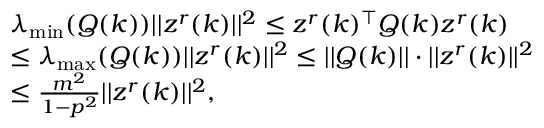
\begin{array} { r l } & { \lambda _ { \operatorname* { m i n } } ( Q ( k ) ) \lvert | z ^ { r } ( k ) \rvert | ^ { 2 } \leq z ^ { r } ( k ) ^ { \top } Q ( k ) z ^ { r } ( k ) } \\ & { \leq \lambda _ { \operatorname* { m a x } } ( Q ( k ) ) \lvert | z ^ { r } ( k ) \rvert | ^ { 2 } \leq \lvert | Q ( k ) \rvert | \cdot \lvert | z ^ { r } ( k ) \rvert | ^ { 2 } } \\ & { \leq \frac { m ^ { 2 } } { 1 - p ^ { 2 } } \lvert | z ^ { r } ( k ) \rvert | ^ { 2 } , } \end{array}